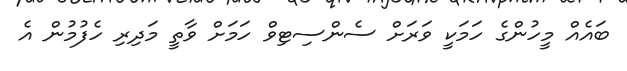
ބައެއް މީހުންގެ ހަމަކީ ވަރަށް ސެންސިޓިވް ހަމަށް ވާތީ މަދިރި ހެފުމުން އެ